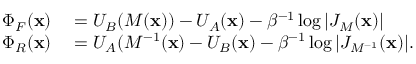
\begin{array} { r l } { \Phi _ { F } ( \mathbf { x } ) } & { { } = U _ { B } ( M ( \mathbf { x } ) ) - U _ { A } ( \mathbf { x } ) - \beta ^ { - 1 } \log { \left| { J _ { M } ( \mathbf { x } ) } \right| } } \\ { \Phi _ { R } ( \mathbf { x } ) } & { { } = U _ { A } ( M ^ { - 1 } ( \mathbf { x } ) - U _ { B } ( \mathbf { x } ) - \beta ^ { - 1 } \log { \left| { J _ { M ^ { - 1 } } ( \mathbf { x } ) } \right| } . } \end{array}